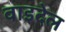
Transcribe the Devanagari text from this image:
वाइदेल